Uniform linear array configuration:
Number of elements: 48
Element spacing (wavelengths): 1
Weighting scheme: exponential
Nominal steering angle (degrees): -30
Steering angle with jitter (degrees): -29.134
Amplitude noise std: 0.05
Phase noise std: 0.05

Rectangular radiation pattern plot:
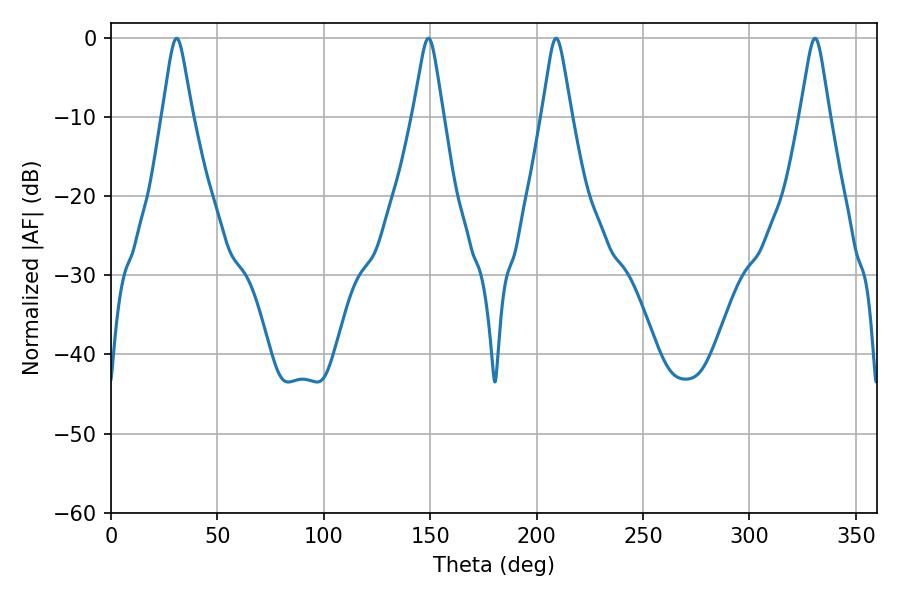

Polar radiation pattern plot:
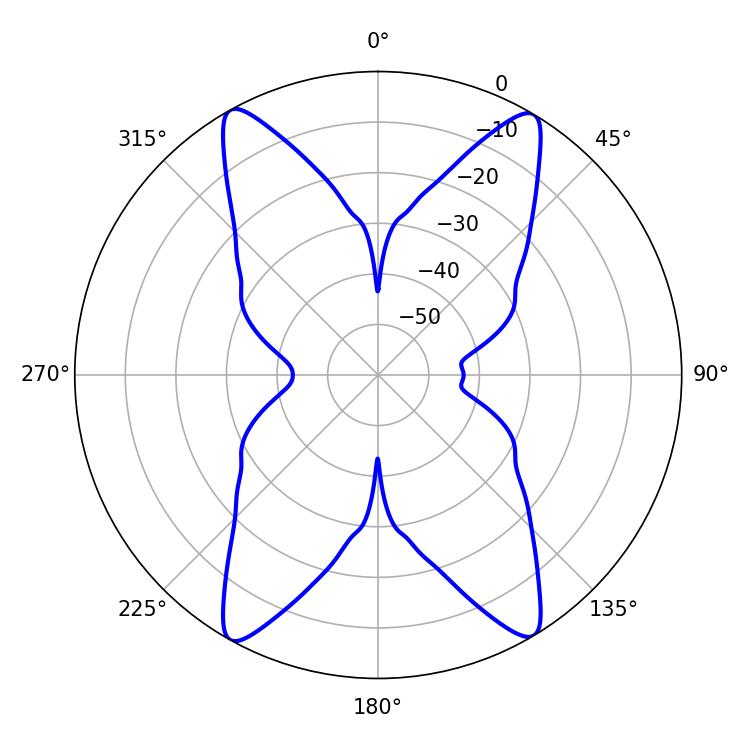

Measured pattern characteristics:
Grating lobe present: TRUE
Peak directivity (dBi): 22.912
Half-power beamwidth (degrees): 6.48
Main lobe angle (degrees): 209.16